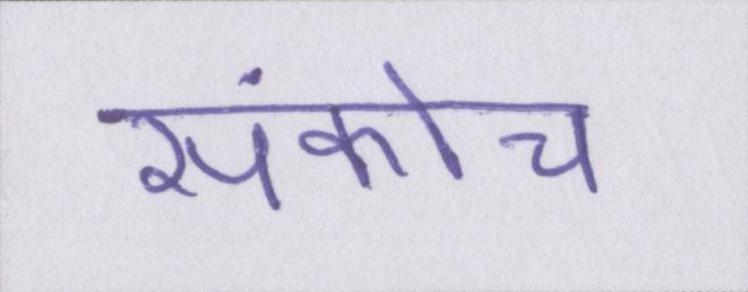
संकोच